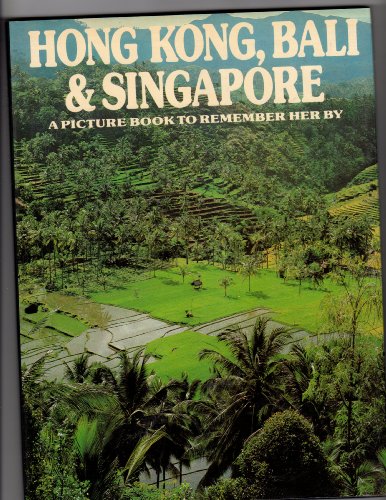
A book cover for Hong Kong, Bali & Singapore: A Picture Book to Remember Her By; Travel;